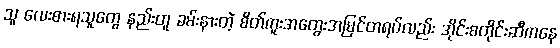
သူ လေးစားရသူတွေ နည်းတူ ခမ်းနားတဲ့ စိတ်ကူးအတွေးအမြင်တရပ်လည်း အိုင်းစတိုင်းဆီကနေ